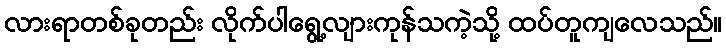
လားရာတစ်ခုတည်း လိုက်ပါရွေ့လျားကုန်သကဲ့သို့ ထပ်တူကျလေသည်။